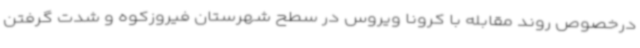
درخصوص روند مقابله با کرونا ویروس در سطح شهرستان فیروزکوه و شدت گرفتن